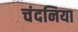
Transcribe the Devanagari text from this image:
चंदनिया